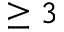
\geq 3